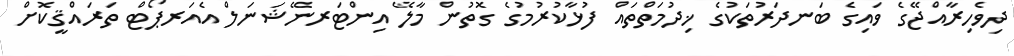
ދިވެހިރާއްޖޭގެ ވައިގެ ބަނދަރުތަކުގެ ޚިދުމަތްތައް ފުޅާކުރުމުގެ ގޮތުން މާލޭ އިންޓަރނޭޝަނަލް އެއަރޕޯޓް ތަރައްޤީކޮށް